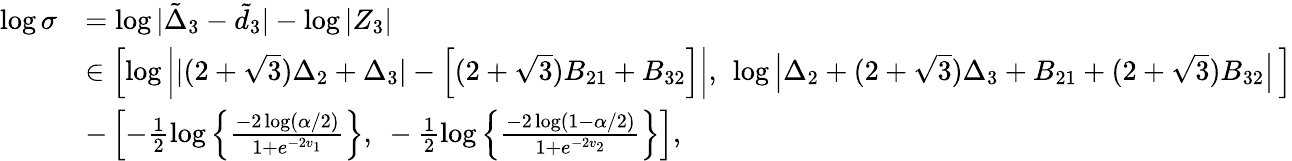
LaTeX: \begin{array}{rl}{\log\sigma}&{=\log|\tilde{\Delta}_{3}-\tilde{d}_{3}|-\log|Z_{3}|}\\ &{\in\left[\log\left||(2+\sqrt{3})\Delta_{2}+\Delta_{3}|-\left[(2+\sqrt{3})B_{21}+B_{32}\right]\right|,\ \log\left|\Delta_{2}+(2+\sqrt{3})\Delta_{3}+B_{21}+(2+\sqrt{3})B_{32}\right|\, \right]}\\ &{-\left[-\frac{1}{2}\log\left\{ \frac{-2\log(\alpha/2)}{1+e^{-2v_{1}}}\right\} ,\ -\frac{1}{2}\log\left\{ \frac{-2\log(1-\alpha/2)}{1+e^{-2v_{2}}}\right\} \right],}\end{array}